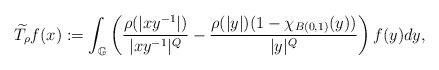
LaTeX: \begin{align*}\widetilde{T_{\rho}}f(x):=\int_{\mathbb{G}}\left(\frac{\rho(|xy^{-1}|)}{|xy^{-1}|^{Q}}-\frac{\rho(|y|)(1-\chi_{B(0,1)}(y))}{|y|^{Q}}\right)f(y)dy,\end{align*}